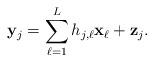
LaTeX: \begin{align*}\mathbf{y}_j = \sum_{\ell = 1}^L h_{j, \ell} \mathbf{x}_\ell + \mathbf{z}_j.\end{align*}